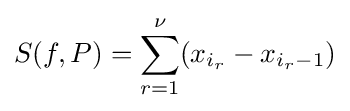
S(f,P)=\sum _{r=1}^{\nu }\displaystyle (x_{i_{r}}-x_{i_{r}-1})